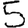
Digit: 5